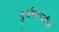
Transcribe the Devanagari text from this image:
भूर्जपत्रावरील